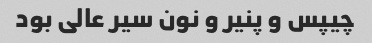
چیپس و پنیر و نون سیر عالی بود